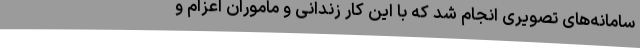
سامانه‌های تصویری انجام شد که با این کار زندانی و ماموران اعزام و